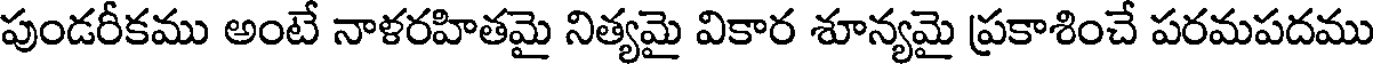
పుండరీకము అంటే నాళరహితమై నిత్యమై వికార శూన్యమై ప్రకాశించే పరమపదము